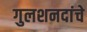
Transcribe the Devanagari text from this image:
गुलशनदांचे